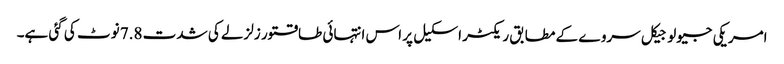
امریکی جیولوجیکل سروے کے مطابق ریکٹر اسکیل پر اس انتہائی طاقتور زلزلے کی شدت 7.8 نوٹ کی گئی ہے۔